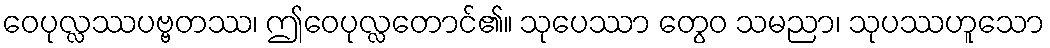
ဝေပုလ္လဿပဗ္ဗတဿ၊ ဤဝေပုလ္လတောင်၏။ သုပေဿာ တွေဝ သမညာ၊ သုပဿဟူသော